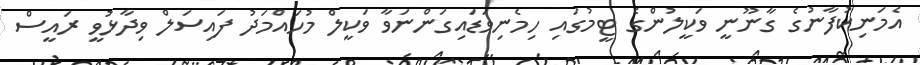
އެމަނިކުފާނުގެ ގާނޫނީ ވަކީލުންގެ ޓީމުގައި ހިމެނިވަޑައިގަންނަވާ ވަކީލް މުހައްމަދު ފައިސަލް ވިދާޅުވީ ރައީސް